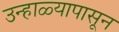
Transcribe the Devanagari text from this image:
उन्हाळ्यापासून